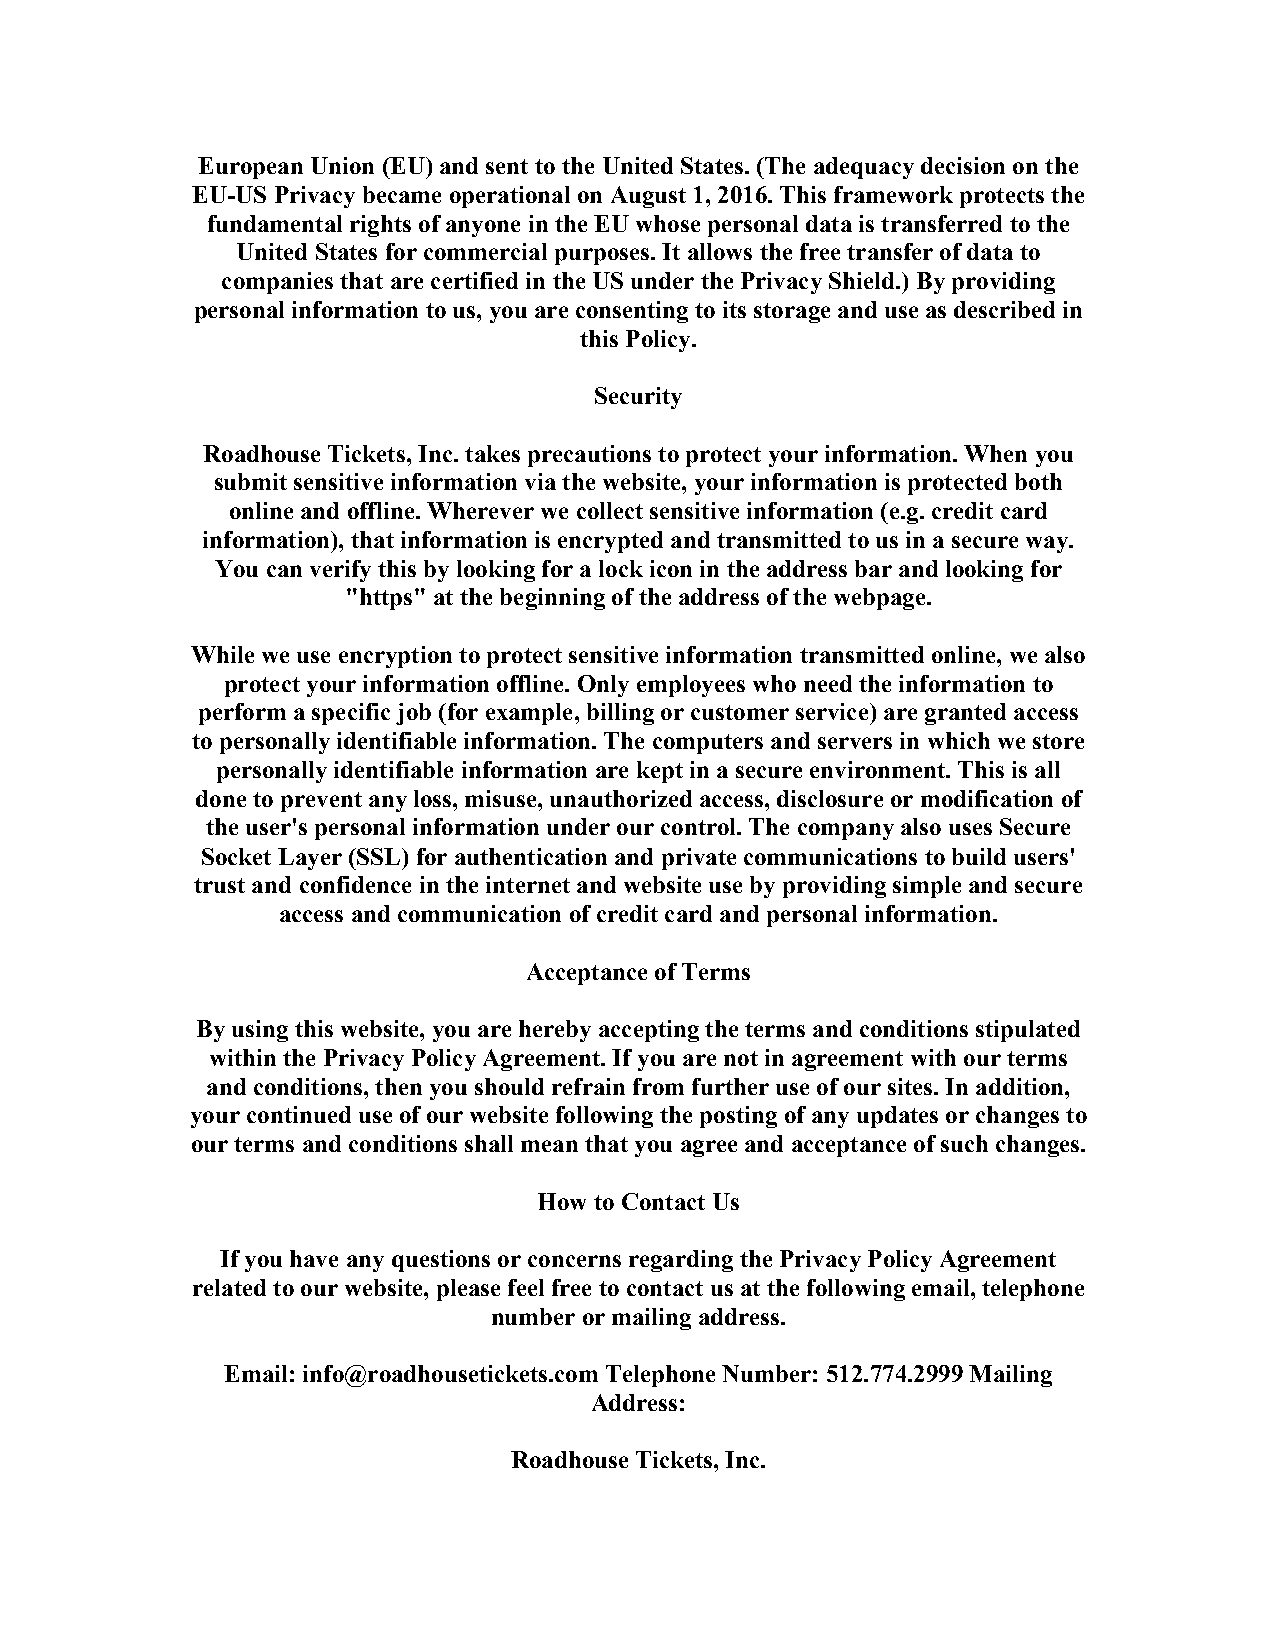
European Union (EU) and sent to the United States. (The adequacy decision on the
 EU-US Privacy became operational on August 1, 2016. This framework protects the
 fundamental rights of anyone in the EU whose personal data is transferred to the
 United States for commercial purposes. It allows the free transfer of data to
 companies that are certified in the US under the Privacy Shield.) By providing
 personal information to us, you are consenting to its storage and use as described in
 this Policy.
 Security
 Roadhouse Tickets, Inc. takes precautions to protect your information. When you
 submit sensitive information via the website, your information is protected both
 online and offline. Wherever we collect sensitive information (e.g. credit card
 information), that information is encrypted and transmitted to us in a secure way.
 You can verify this by looking for a lock icon in the address bar and looking for
 "https" at the beginning of the address of the webpage.
 While we use encryption to protect sensitive information transmitted online, we also
 protect your information offline. Only employees who need the information to
 perform a specific job (for example, billing or customer service) are granted access
 to personally identifiable information. The computers and servers in which we store
 personally identifiable information are kept in a secure environment. This is all
 done to prevent any loss, misuse, unauthorized access, disclosure or modification of
 the user's personal information under our control. The company also uses Secure
 Socket Layer (SSL) for authentication and private communications to build users'
 trust and confidence in the internet and website use by providing simple and secure
 access and communication of credit card and personal information.
 Acceptance of Terms
 By using this website, you are hereby accepting the terms and conditions stipulated
 within the Privacy Policy Agreement. If you are not in agreement with our terms
 and conditions, then you should refrain from further use of our sites. In addition,
 your continued use of our website following the posting of any updates or changes to
 our terms and conditions shall mean that you agree and acceptance of such changes.
 How to Contact Us
 If you have any questions or concerns regarding the Privacy Policy Agreement
 related to our website, please feel free to contact us at the following email, telephone
 number or mailing address.
 Email: info@roadhousetickets.com Telephone Number: 512.774.2999 Mailing
 Address:
 Roadhouse Tickets, Inc.